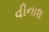
વીનાશ